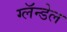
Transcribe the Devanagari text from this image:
ग्लॅन्डेल